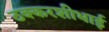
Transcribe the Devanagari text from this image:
ठक्करशीभाई